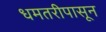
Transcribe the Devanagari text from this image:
धमतरीपासून